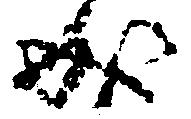
成